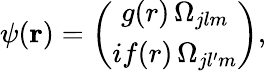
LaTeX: \psi(\mathbf{r})=\left(\begin{array}{c}{g(r)\, \Omega_{jlm}}\\ {if(r)\, \Omega_{jl^{\prime}m}}\end{array}\right),